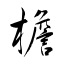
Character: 檐